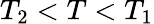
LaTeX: T_{2}<T<T_{1}